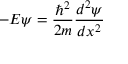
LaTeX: - E \psi = { \frac { \hbar ^ { 2 } } { 2 m } } { \frac { d ^ { 2 } \psi } { d x ^ { 2 } } }